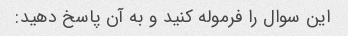
این سوال را فرموله کنید و به آن پاسخ دهید: